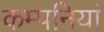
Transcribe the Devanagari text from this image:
कम्‍पनियां